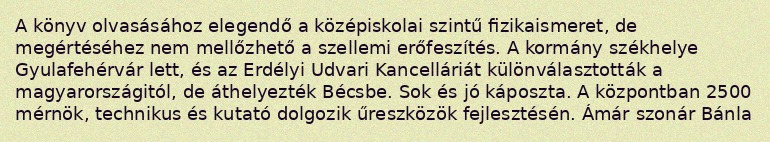
A könyv olvasásához elegendő a középiskolai szintű fizikaismeret, de megértéséhez nem mellőzhető a szellemi erőfeszítés. A kormány székhelye Gyulafehérvár lett, és az Erdélyi Udvari Kancelláriát különválasztották a magyarországitól, de áthelyezték Bécsbe. Sok és jó káposzta. A központban 2500 mérnök, technikus és kutató dolgozik űreszközök fejlesztésén. Ámár szonár Bánla